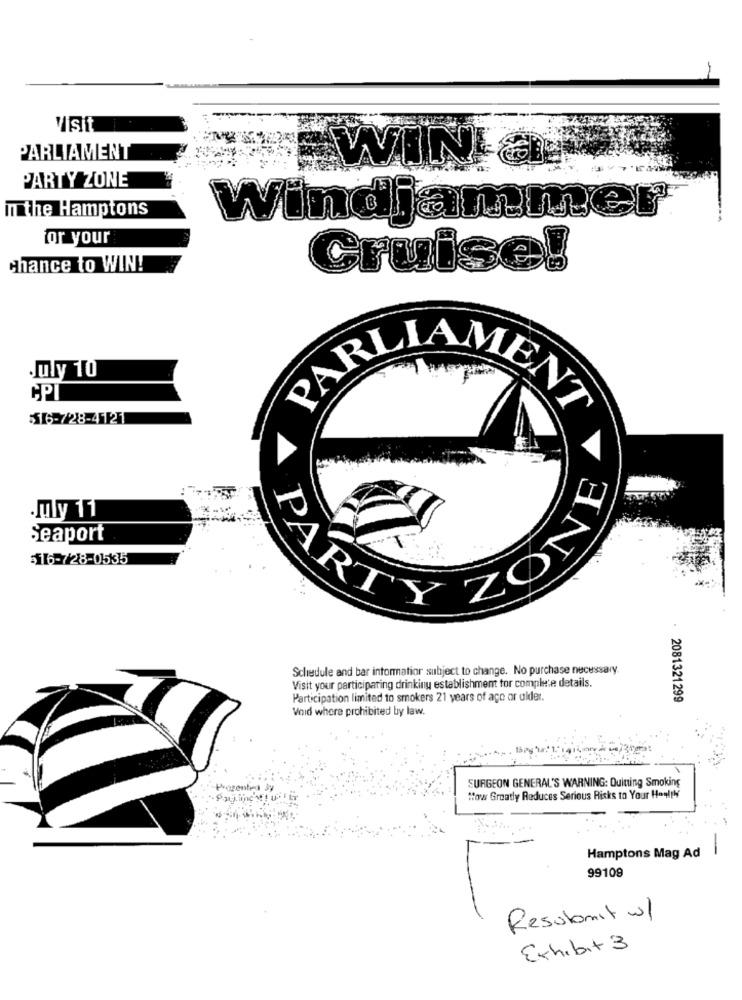
-
Visit
PARLIAMENT
PARTY ZONE
in the Hamptons
Windjammer
for your
chance to WIN!
Cruise!
July 10
CPI
$56-728-4121
PARLIAMENT
.July 11
ZONE
Seaport
316-728-0535
PARO
Schedule and bar informatior subject to change. No purchase necessary.
Visit your participating drinking establishment tor complete details.
Participation limited to smokers 21 years of age or older.
2081321299
Void where prohibited by law.
150g
SURGEON GENERAL'S WARNING: Quitting Smoking
Prosenten Sy
How Greatly Reduces Serious Risks to Your Health
-
Hamptons Mag Ad
99109
Resubmit ul
Exhibit 3